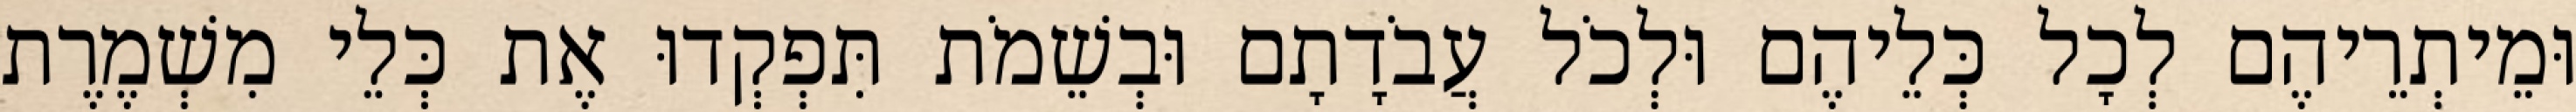
וּמֵיתְרֵיהֶם לְכָל כְּלֵיהֶם וּלְכֹל עֲבֹדָתָם וּבְשֵׁמֹת תִּפְקְדוּ אֶת כְּלֵי מִשְׁמֶרֶת